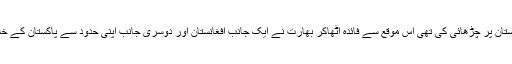
جب نائن الیون کے بعد امریکہ نے افغانستان پر چڑھائی کی تھی اس موقع سے فائدہ اٹھاکر بھارت نے ایک جانب افغانستان اور دوسری جانب اپنی حدود سے پاکستان کے خلاف ایک خاموش اعلان نگ کیا ہوا ہے ۔